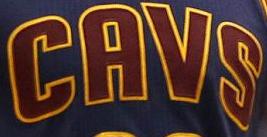
CAVS